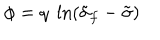
\phi = q \; \ln ( \tilde { \sigma } _ { f } - \tilde { \sigma } )